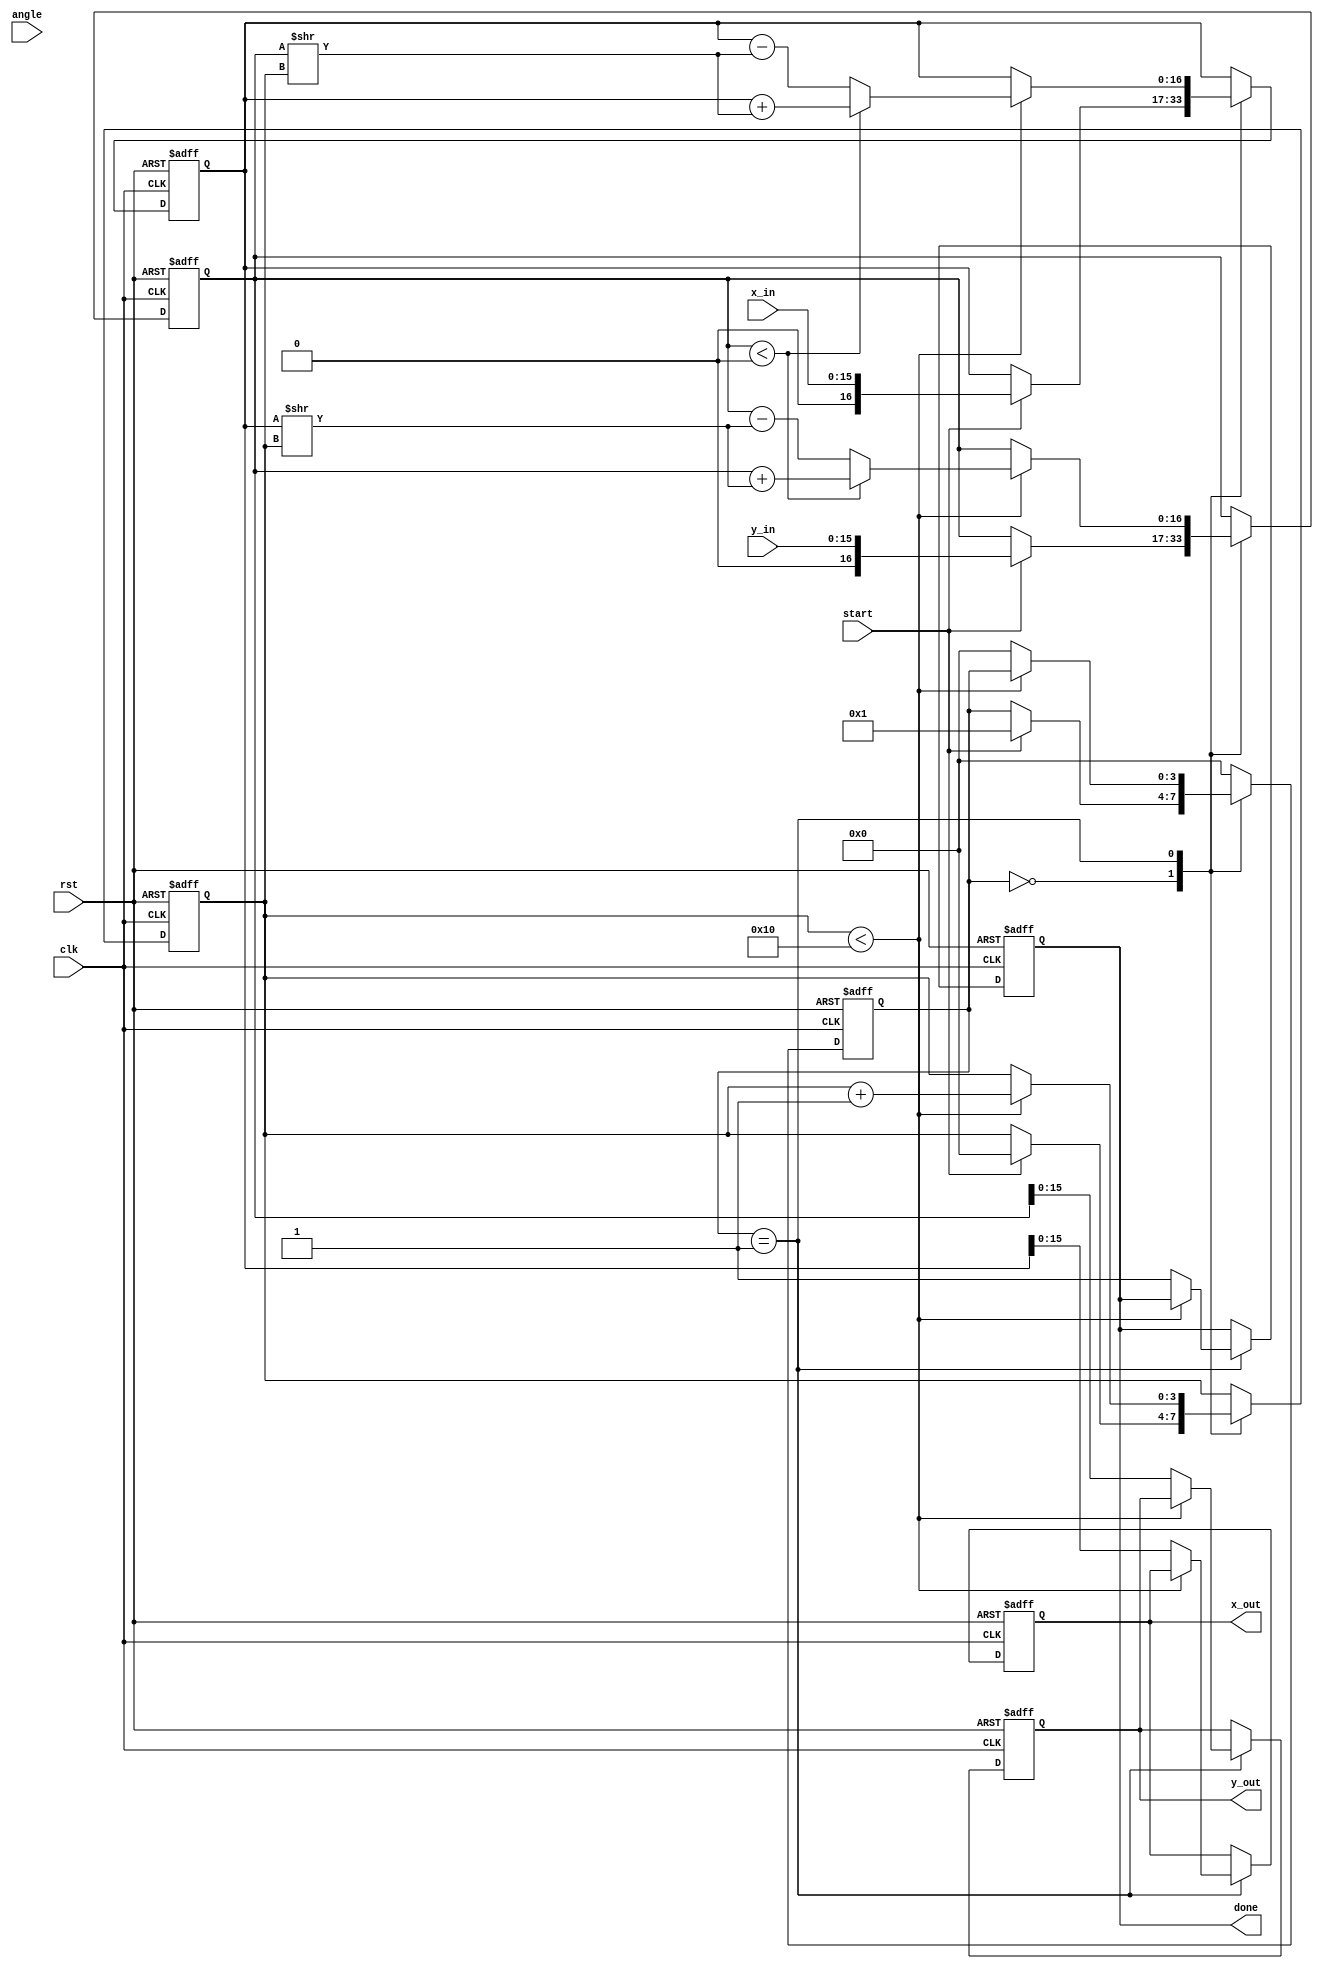
module cordic(
    input wire clk,
    input wire rst,
    input wire [15:0] angle,   // Input angle in radians (16-bit)
    input wire [15:0] x_in,    // Input x coordinate (16-bit)
    input wire [15:0] y_in,    // Input y coordinate (16-bit)
    input wire start,          // Signal to start computation
    output reg [15:0] x_out,   // Output x coordinate (16-bit)
    output reg [15:0] y_out,   // Output y coordinate (16-bit)
    output reg done            // Computation done flag
);

    // Pre-computed arctangent values (LUT)
    reg [15:0] atan_table [0:15]; // LUT for atan(2^-i), 16 entries for 16 iterations
    initial begin
        atan_table[0] = 16'h0000; // atan(1) = 0
        atan_table[1] = 16'h3244; // atan(0.5)
        atan_table[2] = 16'h1C71; // atan(0.25)
        atan_table[3] = 16'h0D9A; // atan(0.125)
        // ... Populate the rest of the LUT based on desired precision
    end

    // State definitions
    reg [3:0] state;
    reg [3:0] iteration;
    reg [16:0] x, y; // Use wider bits to prevent overflow

    // CORDIC algorithm
    always @(posedge clk or posedge rst) begin
        if (rst) begin
            x <= 0;
            y <= 0;
            x_out <= 0;
            y_out <= 0;
            done <= 0;
            state <= 0;
            iteration <= 0;
        end else begin
            case (state)
                0: begin // Initialization
                    if (start) begin
                        x <= x_in;
                        y <= y_in;
                        iteration <= 0;
                        state <= 1; // Move to first iteration
                    end
                end
                1: begin // Iterative rotation
                    if (iteration < 16) begin
                        if (y < 0) begin
                            // Counter-clockwise rotation
                            x <= x + (y >> iteration);
                            y <= y + (x >> iteration);
                        end else begin
                            // Clockwise rotation
                            x <= x - (y >> iteration);
                            y <= y - (x >> iteration);
                        end
                        iteration <= iteration + 1;
                    end else begin
                        x_out <= x[15:0]; // Assign output
                        y_out <= y[15:0]; // Assign output
                        done <= 1;        // Signal done
                        state <= 0;       // Reset state
                    end
                end
                default: begin
                    state <= 0; // Reset to default
                end
            endcase
        end
    end

endmodule